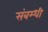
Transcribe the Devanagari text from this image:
संबम्धी